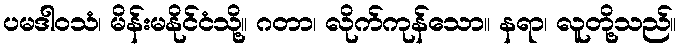
ပမဒါဝသံ၊ မိန်းမနိုင်ငံသို့။ ဂတာ၊ လိုက်ကုန်သော။ နရာ၊ လူတို့သည်။